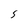
Character: 5